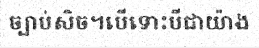
ច្បាប់សិច។បើទោះបីជាយ៉ាង